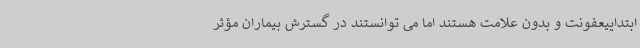
ابتداییعفونت و بدون علامت هستند اما می توانستند در گسترش بیماران مؤثر